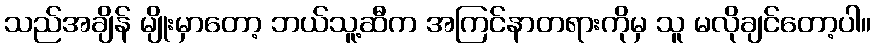
သည်အချိန် မျိုးမှာတော့ ဘယ်သူ့ဆီက အကြင်နာတရားကိုမှ သူ မလိုချင်တော့ပါ။